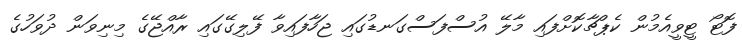
ފޮޓޯ ޓީވީއެމުން ކެޕްޗާކޮށްފައި މާލޭ އުސްފަސްގަނޑުގައި ޖަހާފައިވާ ފޭލިގޭގައި ރާއްޖޭގެ މިނިވަން ދުވަހުގެ